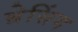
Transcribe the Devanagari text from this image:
ब्रेसिंग